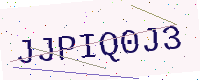
Text: JJPIQ0J3